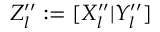
Z _ { l } ^ { \prime \prime } : = [ X _ { l } ^ { \prime \prime } | Y _ { l } ^ { \prime \prime } ]